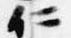
仁